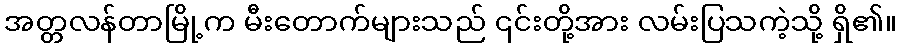
အတ္တလန်တာမြို့က မီးတောက်များသည် ၎င်းတို့အား လမ်းပြသကဲ့သို့ ရှိ၏။